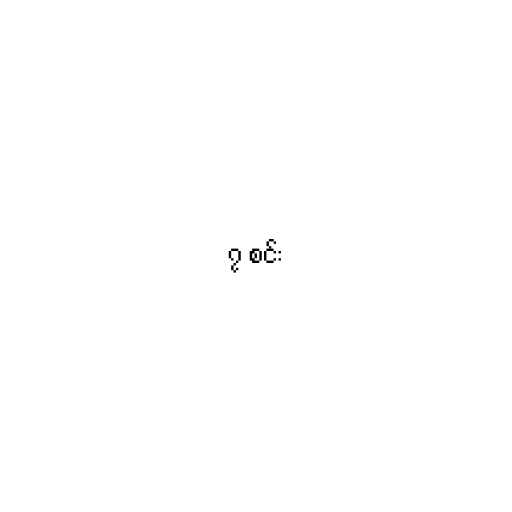
၇ စင်း